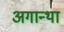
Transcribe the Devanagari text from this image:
अगान्था